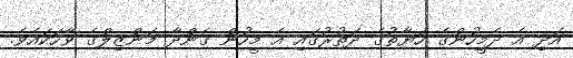
އަދި އެ ދެމީހުންގެ ހަޔާތުގެ ދަތުރުގައި އެ މީހުން ގެންދާ މަންޒިލްގެ ވާހަކައެވެ.